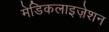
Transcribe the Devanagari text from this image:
मेडिकलाइज़ेशन